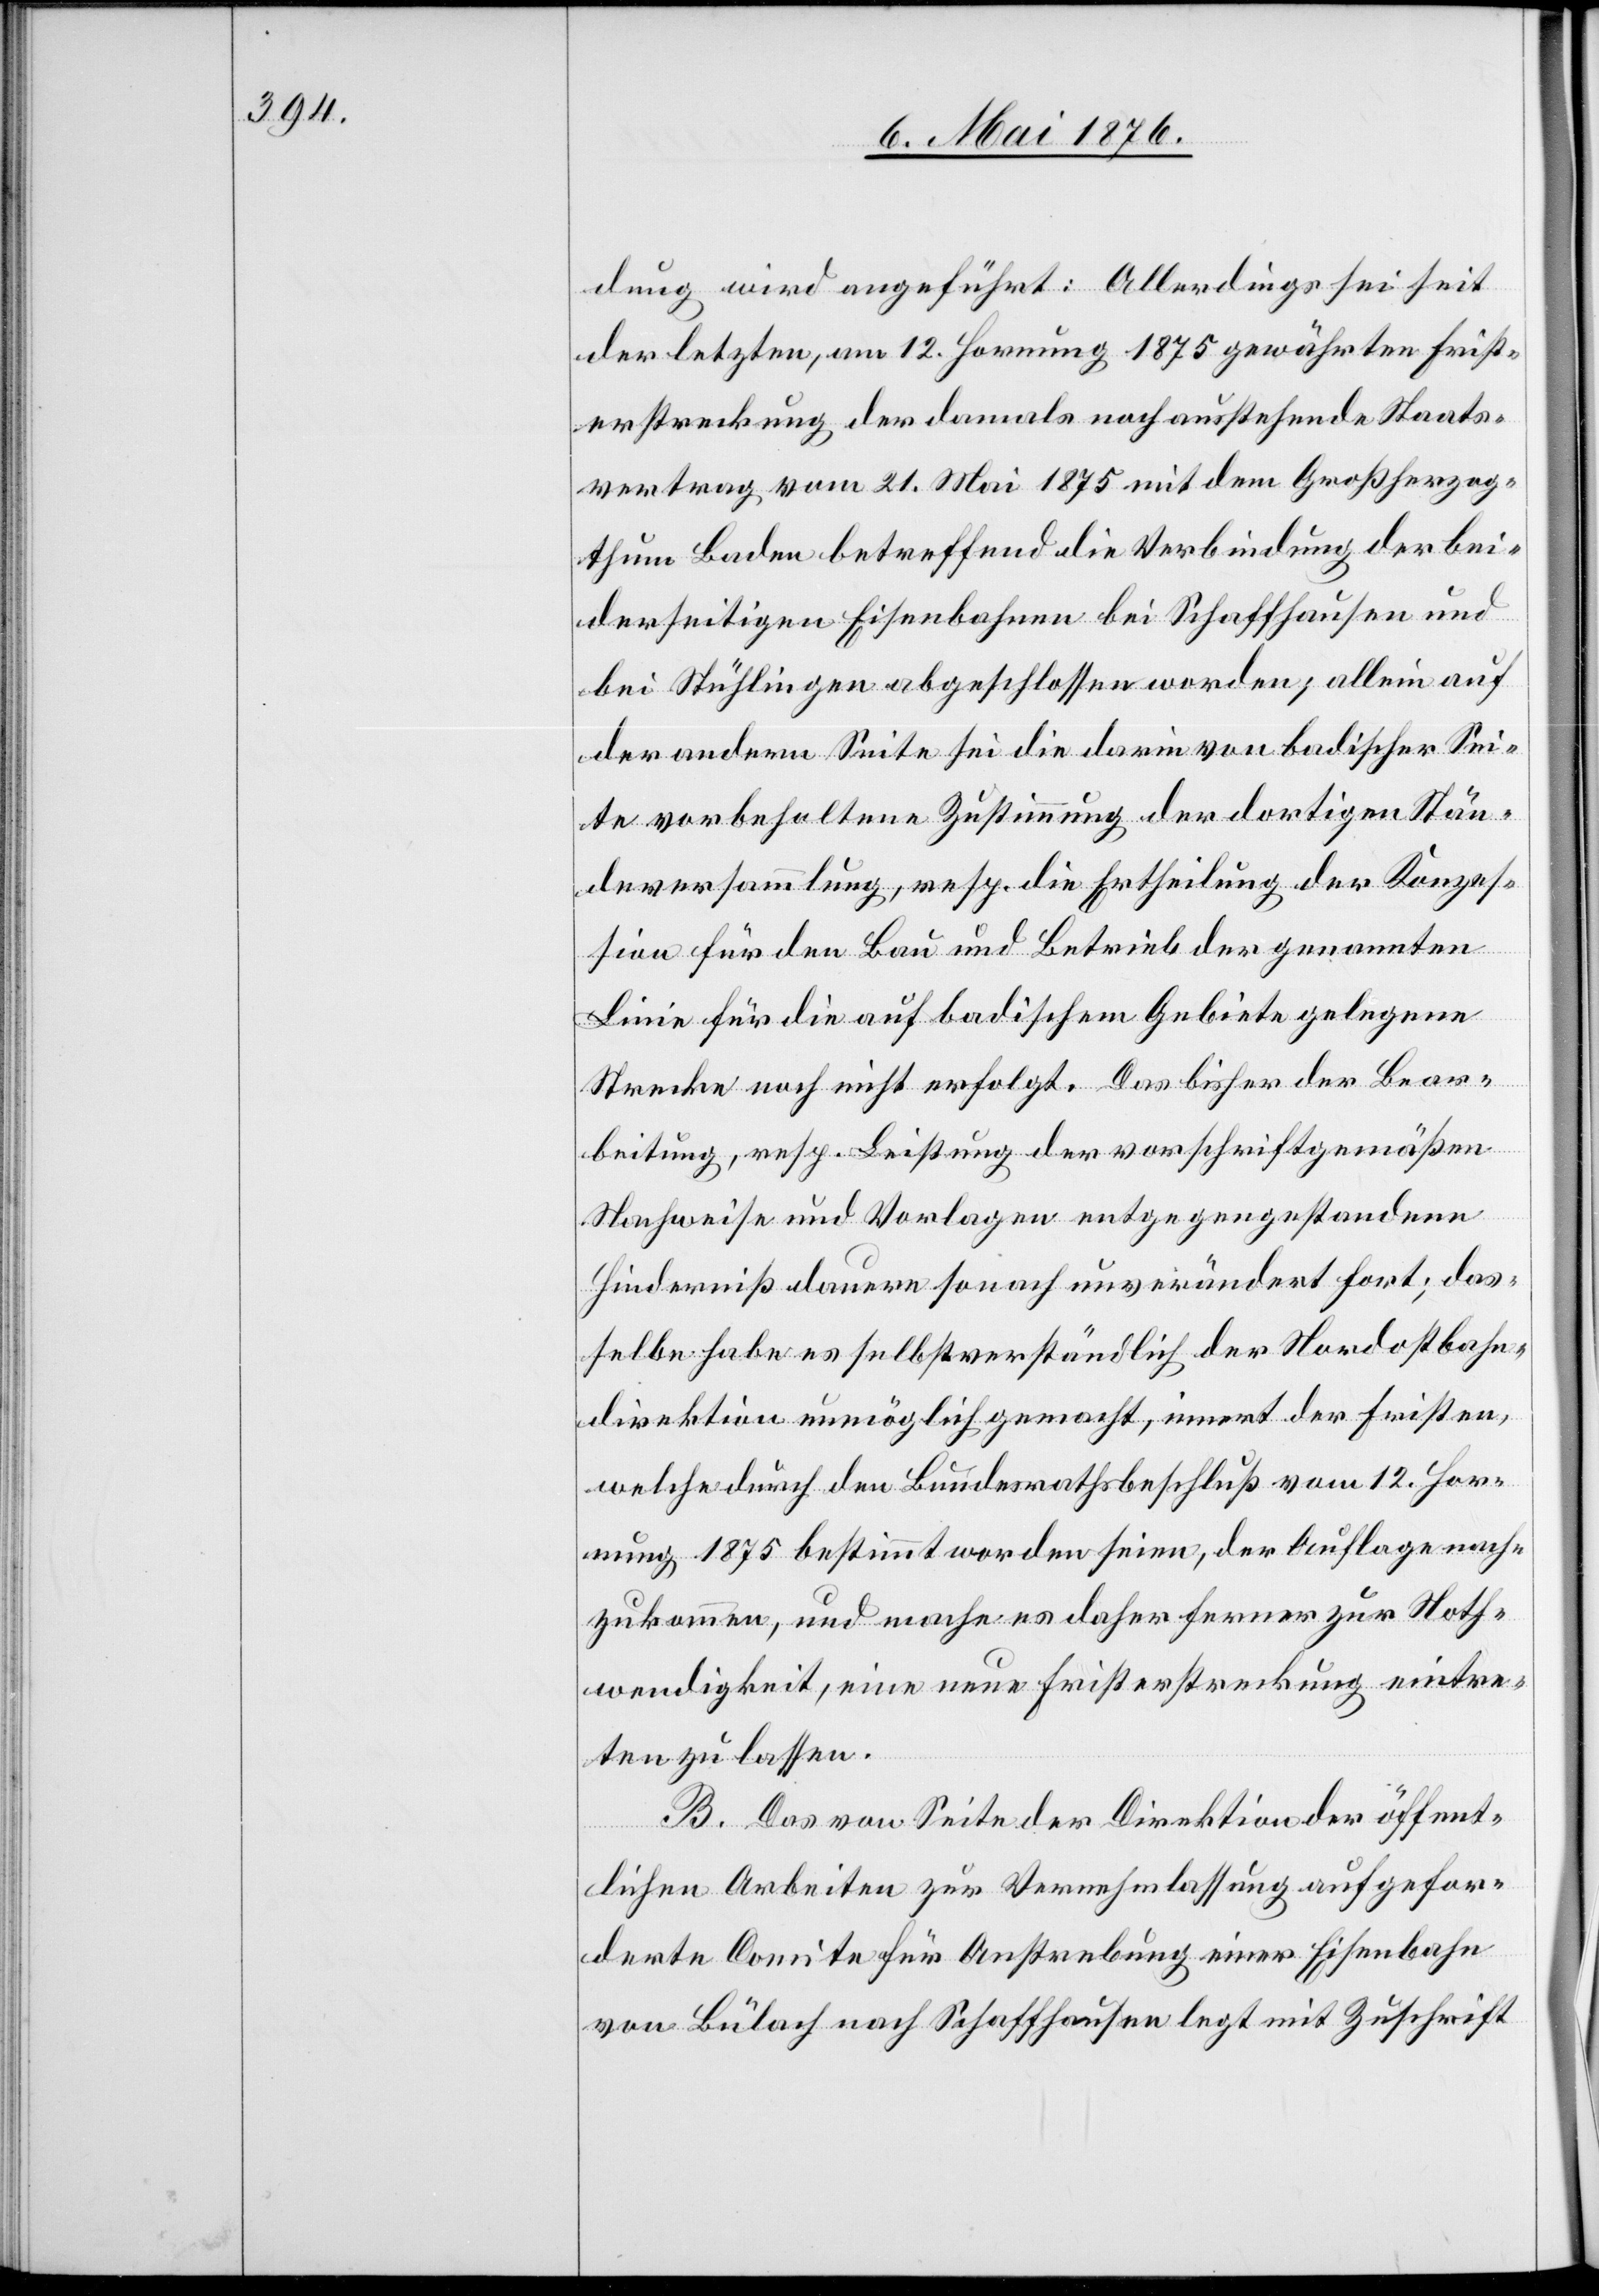
dung wird angeführt: Allerdings sei seit
der letzten, am 12. Hornung 1875 gewährten Frist¬
erstreckung der damals noch ausstehende Staats¬
vertrag vom 21. Mai 1875 mit dem Großherzog¬
thum Baden betreffend die Verbindung der bei¬
derseitigen Eisenbahnen bei Schaffhausen und
bei Stühlingen abgeschlossen worden; allein auf
der andern Seite sei die darin von badischer Sei¬
te vorbehaltene Zustimmung der dortigen Stän¬
deversammlung, resp. die Ertheilung der Konzes¬
sion für den Bau und Betrieb der genannten
Linie für die auf badischem Gebiete gelegene
Strecke noch nicht erfolgt. Das bisher der Bear¬
beitung, resp. Leistung der vorschriftgemäßen
Nachweise und Vorlagen entgegengestandenen
Hinderniß dauere sonach unverändert fort; das¬
selbe habe es selbstverständlich der Nordostbahn¬
direktion unmöglich gemacht, innert der Fristen,
welche durch den Bundesrathsbeschluß vom 12. Hor¬
nung 1875 bestimmt worden seien, der Auflage nach¬
zukommen, und mache es daher ferner zur Noth¬
wendigkeit, eine neue Fristerstreckung eintre¬
ten zu lassen.
B. Das von Seite der Direktion der öffent¬
lichen Arbeiten zur Vernehmlassung aufgefor¬
derte Comite für Anstrebung einer Eisenbahn
von Bülach nach Schaffhausen legt mit Zuschrift